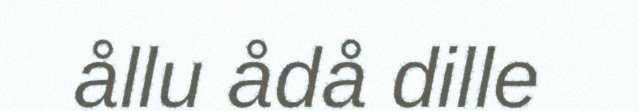
ållu ådå dille